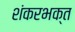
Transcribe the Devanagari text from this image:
शंकरभक्त